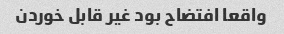
واقعا افتضاح بود غیر قابل خوردن